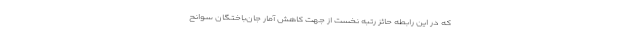
که در این رابطه حائز رتبه نخست از جهت کاهش آمار جان‌باختگان سوانح